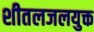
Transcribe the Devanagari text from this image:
शीतलजलयुक्त